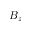
B _ { z }